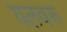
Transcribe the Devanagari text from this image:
यलवरू